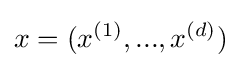
x=(x^{(1)},...,x^{(d)})